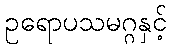
ဥရောပသမဂ္ဂနှင့်